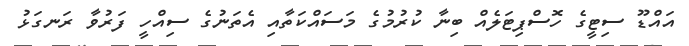
އައްޑޫ ސިޓީގެ ހޮސްޕިޓަލެއް ބިނާ ކުރުމުގެ މަސައްކަތާއި އެތަނުގެ ސިއްހީ ފަރުވާ ރަނގަޅު